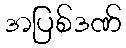
အပြစ်ဒဏ်